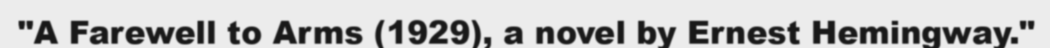
"A Farewell to Arms (1929), a novel by Ernest Hemingway."